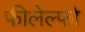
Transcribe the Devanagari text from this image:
फीलेल्फो